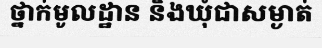
ថ្នាក់មូលដ្ឋាន និងឃុំជាសម្ងាត់